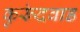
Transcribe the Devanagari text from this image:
कुरूंदवाड